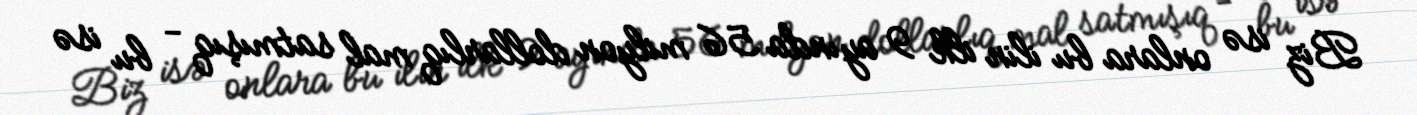
Biz isə onlara bu ilin ilk 9 ayında 56 milyon dollarlıq mal satmışıq - bu isə